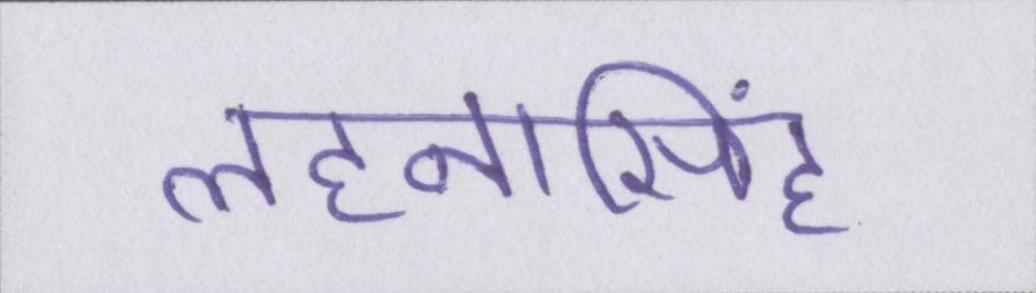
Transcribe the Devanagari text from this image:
लहनासिंह